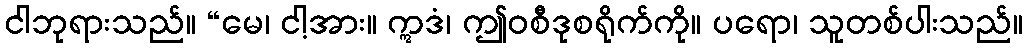
ငါဘုရားသည်။ “မေ၊ ငါ့အား။ ဣဒံ၊ ဤဝစီဒုစရိုက်ကို။ ပရော၊ သူတစ်ပါးသည်။